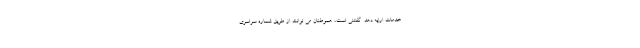
خدمات ارایه دهد. گفتنی است، هموطنان می توانند از طریق شماره سراسری